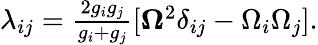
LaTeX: \begin{array}{r}{\lambda_{ij}=\frac{2g_{i}g_{j}}{g_{i}+g_{j}}[{\boldsymbol\Omega}^{2}\delta_{ij}-\Omega_{i}\Omega_{j}].}\end{array}